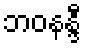
ဘဝနန္ဒီ